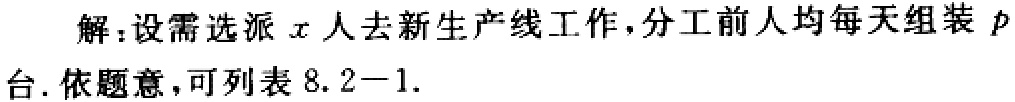
解：设需选派\(x\)人去新生产线工作，分工前人均每天组装\(p\)台. 依题意，可列表 \(8.2 - 1\).